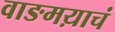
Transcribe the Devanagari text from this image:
वाङमय़ाचं